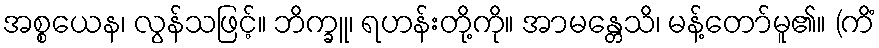
အစ္စယေန၊ လွန်သဖြင့်။ ဘိက္ခူ၊ ရဟန်းတို့ကို။ အာမန္တေသိ၊ မန့်တော်မူ၏။ (ကိံ